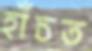
হাঁচত